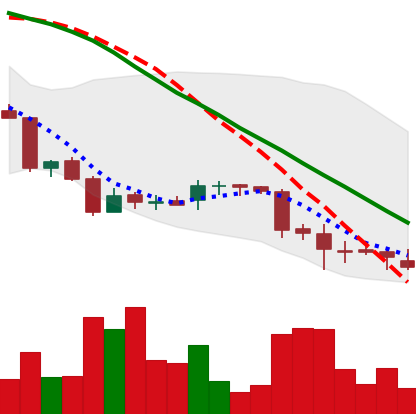
Ticker: DOGE-USD
Chart end date: 2018-06-28
Forward return: 11.922%
Label: up_7plus